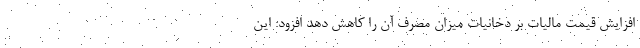
افزایش قیمت مالیات بر دخانیات میزان مصرف آن را کاهش دهد افزود: این